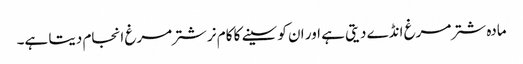
مادہ شتر مرغ انڈے دیتی ہے اور ان کو سینے کا کام نر شترمرغ انجام دیتا ہے۔